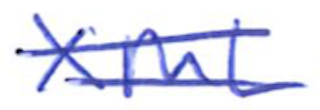
Text: XML
Cross-out: mix
Writing tool: ballpoint